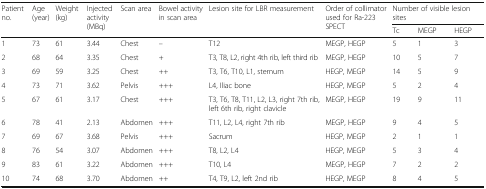
<table><thead><tr><td rowspan="2"><b>Patient no.</b></td><td rowspan="2"><b>Age (year)</b></td><td rowspan="2"><b>Weight (kg)</b></td><td rowspan="2"><b>Injected activity (MBq)</b></td><td rowspan="2"><b>Scan area</b></td><td rowspan="2"><b>Bowel activity in scan area</b></td><td rowspan="2"><b>Lesion site for LBR measurement</b></td><td rowspan="2"><b>Order of collimator used for Ra-223 SPECT</b></td><td colspan="3"><b>Number of visible lesion sites</b></td></tr><tr><td><b>Tc</b></td><td><b>MEGP</b></td><td><b>HEGP</b></td></tr></thead><tbody><tr><td>1</td><td>73</td><td>61</td><td>3.44</td><td>Chest</td><td>–</td><td>T12</td><td>MEGP, HEGP</td><td>5</td><td>1</td><td>3</td></tr><tr><td>2</td><td>68</td><td>64</td><td>3.35</td><td>Chest</td><td>+</td><td>T3, T8, L2, right 4th rib, left third rib</td><td>MEGP, HEGP</td><td>10</td><td>5</td><td>7</td></tr><tr><td>3</td><td>69</td><td>59</td><td>3.25</td><td>Chest</td><td>++</td><td>T3, T6, T10, L1, sternum</td><td>HEGP, MEGP</td><td>14</td><td>5</td><td>9</td></tr><tr><td>4</td><td>73</td><td>71</td><td>3.62</td><td>Pelvis</td><td>+++</td><td>L4, Iliac bone</td><td>HEGP, MEGP</td><td>5</td><td>2</td><td>4</td></tr><tr><td>5</td><td>67</td><td>61</td><td>3.17</td><td>Chest</td><td>+++</td><td>T3, T6, T8, T11, L2, L3, right 7th rib, left 6th rib, right clavicle</td><td>MEGP, HEGP</td><td>19</td><td>9</td><td>11</td></tr><tr><td>6</td><td>78</td><td>41</td><td>2.13</td><td>Abdomen</td><td>+++</td><td>T11, L2, L4, right 7th rib</td><td>MEGP, HEGP</td><td>9</td><td>4</td><td>5</td></tr><tr><td>7</td><td>69</td><td>67</td><td>3.68</td><td>Pelvis</td><td>+++</td><td>Sacrum</td><td>HEGP, MEGP</td><td>2</td><td>1</td><td>1</td></tr><tr><td>8</td><td>76</td><td>54</td><td>3.07</td><td>Abdomen</td><td>+++</td><td>T8, L2, L4</td><td>HEGP, MEGP</td><td>5</td><td>3</td><td>4</td></tr><tr><td>9</td><td>83</td><td>61</td><td>3.22</td><td>Abdomen</td><td>+++</td><td>T10, L4</td><td>MEGP, HEGP</td><td>7</td><td>2</td><td>2</td></tr><tr><td>10</td><td>74</td><td>68</td><td>3.70</td><td>Abdomen</td><td>++</td><td>T4, T9, L2, left 2nd rib</td><td>HEGP, MEGP</td><td>8</td><td>4</td><td>5</td></tr></tbody></table>